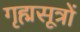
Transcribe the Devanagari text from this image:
गृह्मसूत्रों